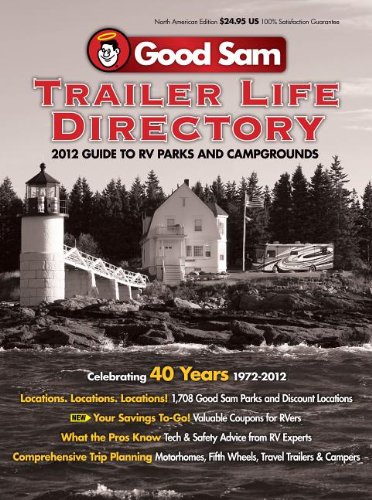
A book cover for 2012 Trailer Life Directory RV Parks and Campgrounds (Trailer Life Directory: RV Parks & Campgrounds); Trailer Life Publications; Travel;